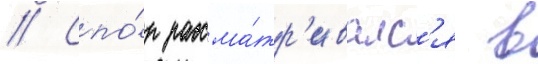
// Спо́р рассма́тр'ивалс'я в